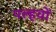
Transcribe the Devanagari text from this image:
पल्हवों